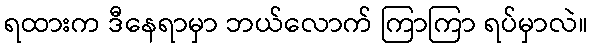
ရထားက ဒီနေရာမှာ ဘယ်လောက် ကြာကြာ ရပ်မှာလဲ။